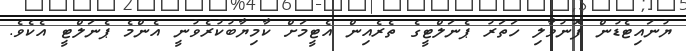
ޔުނައިޓެޑުން ފޮނުވާލި ހަތަރު ޕެނަލްޓީގެ ތެރެއިން އެޓީމަށް ކާމިޔާބުކުރެވުނީ އެންމެ ޕެނަލްޓީ އެކެވެ.